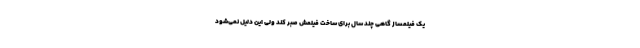
یک فیلمساز گاهی چند سال برای ساخت فیلمش صبر کند ولی این دلیل نمی‌شود